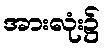
အားလုံး၌